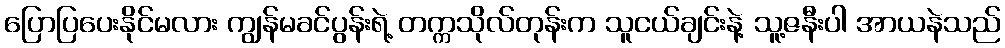
ပြောပြပေးနိုင်မလား ကျွန်မခင်ပွန်းရဲ့ တက္ကသိုလ်တုန်းက သူငယ်ချင်းနဲ့ သူ့ဇနီးပါ အာယနဲသည်